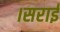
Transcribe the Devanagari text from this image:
।सराई